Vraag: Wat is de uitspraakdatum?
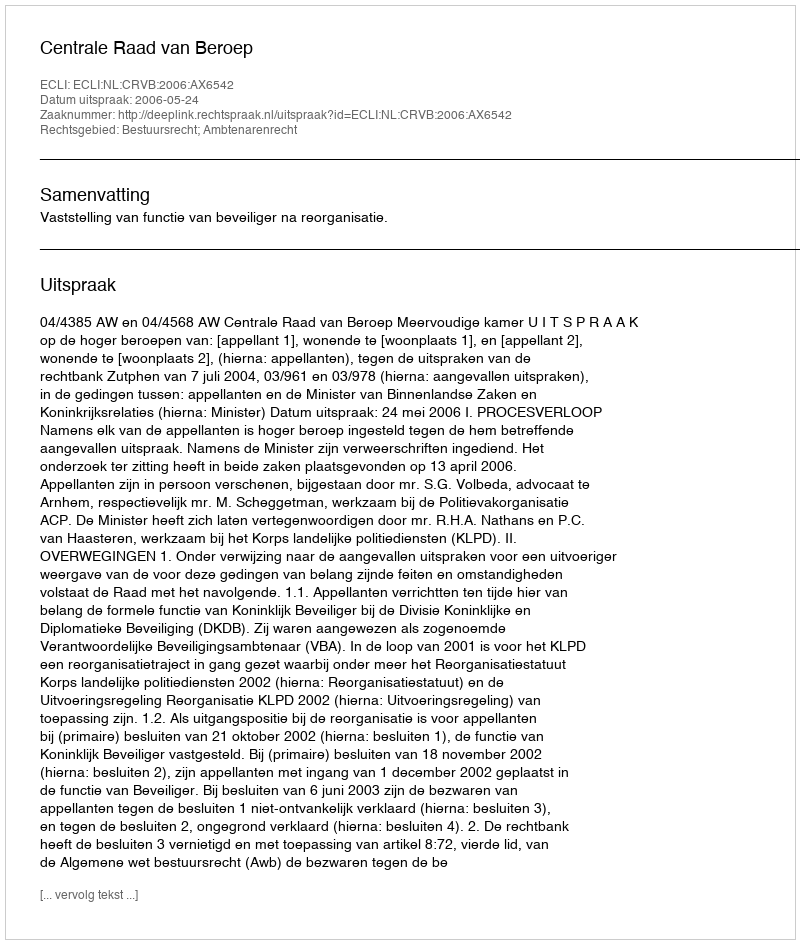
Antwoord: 2006-05-24